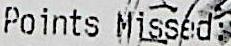
POINTS MISSED: